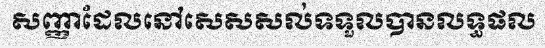
សញ្ញាដែលនៅសេសសល់ទទួលបានលទ្ធផល